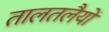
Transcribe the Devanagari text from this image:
तालतलैयों